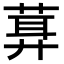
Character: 𦶪